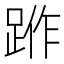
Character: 𨁔